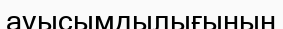
ауысымдылығының